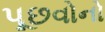
પૂછવોનો